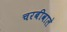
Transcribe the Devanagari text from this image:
चरबीवाले